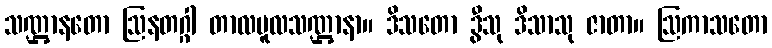
သဏ္ဌာနတော ဩနတဂ္ဂါ တာလမူလသဏ္ဌာနာ။ ဒိသတော ဒွီသု ဒိသာသု ဇာတာ။ ဩကာသတော